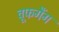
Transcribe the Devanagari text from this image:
वूफगैंग